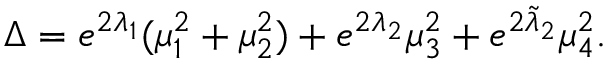
\Delta = e ^ { 2 \lambda _ { 1 } } ( \mu _ { 1 } ^ { 2 } + \mu _ { 2 } ^ { 2 } ) + e ^ { 2 \lambda _ { 2 } } \mu _ { 3 } ^ { 2 } + e ^ { 2 \tilde { \lambda } _ { 2 } } \mu _ { 4 } ^ { 2 } .